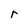
Character: r